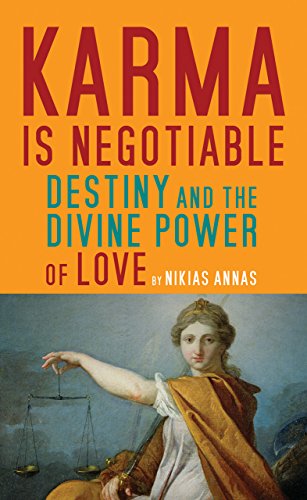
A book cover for Karma is Negotiable: Destiny and the Divine Power of Love; Nikias Annas; Religion & Spirituality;